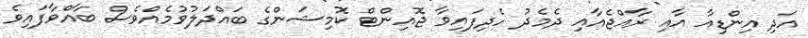
އަދި އިންޑިއާ އާއި ރާއްޖެއާއި ދެމެދު ހެދިފައިވާ ޖޮއިންޓް ކޮމިޝަންގެ ބައްދަލުވުމެއްވެސް ބާއްވާފައިވެ